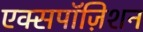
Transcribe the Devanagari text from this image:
एक्सपॉज़िशन